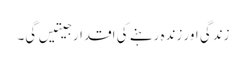
زندگی اور زندہ رہنے کی اقدار جیتیں گی۔